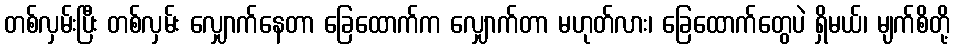
တစ်လှမ်းပြီး တစ်လှမ်း လျှောက်နေတာ ခြေထောက်က လျှောက်တာ မဟုတ်လား၊ ခြေထောက်တွေပဲ ရှိမယ်၊ မျက်စိတို့